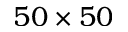
5 0 \times 5 0